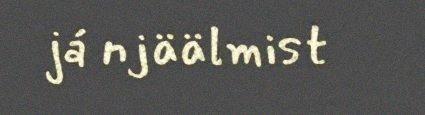
já njäälmist